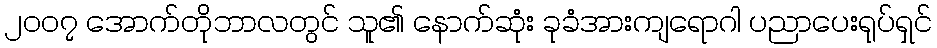
၂၀၀၇ အောက်တိုဘာလတွင် သူ၏ နောက်ဆုံး ခုခံအားကျရောဂါ ပညာပေးရုပ်ရှင်